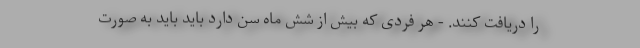
را دریافت کنند. - هر فردی که بیش از شش ماه سن دارد باید باید به صورت